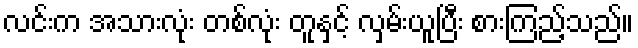
လင်းက အသားလုံး တစ်လုံး တူနှင့် လှမ်းယူပြီး စားကြည့်သည်။